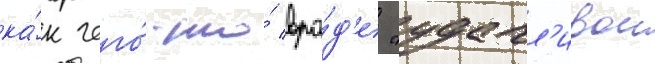
ка́к чего́-то́ вро́д'е "удачл'ивои